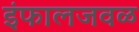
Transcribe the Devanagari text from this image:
इंफालजवळ